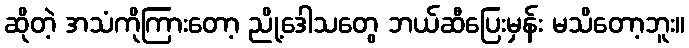
ဆိုတဲ့ အသံကိုကြားတော့ ညို့ဒေါသတွေ ဘယ်ဆီပြေးမှန်း မသိတော့ဘူး။